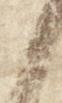
々